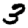
Digit: 3